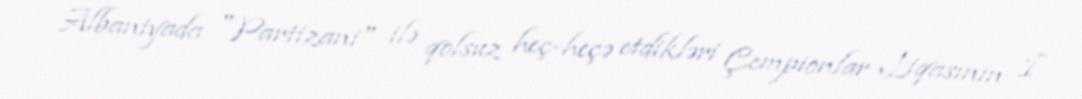
Albaniyada "Partizani" ilə qolsuz heç-heçə etdikləri Çempionlar Liqasının I